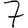
Digit: 7